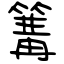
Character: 篝